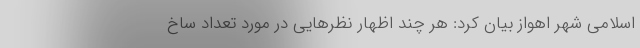
اسلامی شهر اهواز بیان کرد: هر چند اظهار نظرهایی در مورد تعداد ساخ